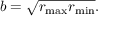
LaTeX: b = { \sqrt { r _ { \operatorname* { m a x } } r _ { \operatorname* { m i n } } } } .